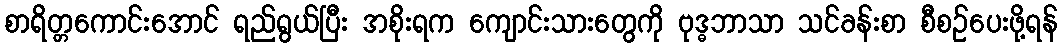
စာရိတ္တကောင်းအောင် ရည်ရွယ်ပြီး အစိုးရက ကျောင်းသားတွေကို ဗုဒ္ဓဘာသာ သင်ခန်းစာ စီစဉ်ပေးဖို့ရန်